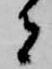
者